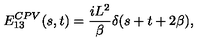
E _ { 1 3 } ^ { C P V } ( s , t ) = { \frac { i L ^ { 2 } } { \beta } } \delta ( s + t + 2 \beta ) ,